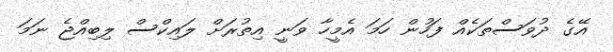
އޭގެ ދުވަސްތަކެއް ފަހުން ހަމަ އެމީހާ ވަނީ އިތުރަށް ލައިކްސް ލިބިއްޖެ ނަމަ